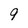
Character: 9